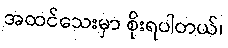
အထင်သေးမှာ စိုးရပါတယ်၊